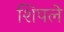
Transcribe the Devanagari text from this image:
शिपले